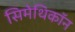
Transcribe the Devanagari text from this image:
सिमेथिकॉन